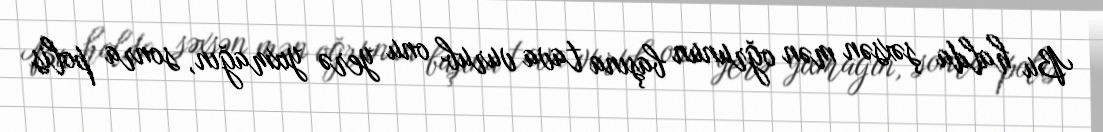
Bu halda şəxsən mən oğrunun başına tava vurub onu yerə yıxmağın, sonra polis